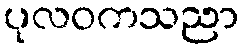
ပုလဝကသညာ